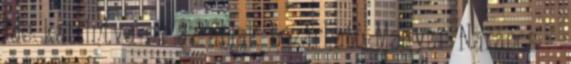
Ide kattintva ez az ablak bezárható Magyar Narancs -